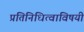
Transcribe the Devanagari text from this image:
प्रतिनिधित्वाविषयी